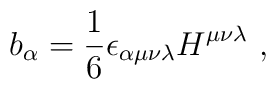
b_{\alpha }=\frac{1}{6}\epsilon _{\alpha \mu \nu \lambda }H^{\mu \nu \lambda}\ ,